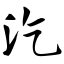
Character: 汔